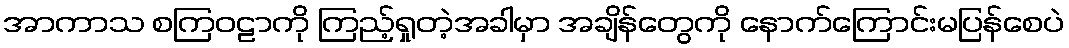
အာကာသ စကြဝဠာကို ကြည့်ရှုတဲ့အခါမှာ အချိန်တွေကို နောက်ကြောင်းမပြန်စေပဲ